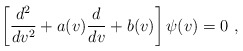
\begin{align*} \left[ \frac{d^2}{dv^2} +a(v)\frac{d}{dv} +b(v) \right] \psi(v) =0~,\end{align*}